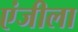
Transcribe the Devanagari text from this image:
एंजीला